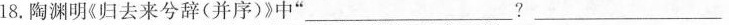
18.陶渊明《归去来兮辞(并序)》中”___，__